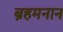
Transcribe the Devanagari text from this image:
ब्रहमनान